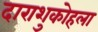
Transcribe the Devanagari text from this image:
दाराशुकोहला